Civil Veterinary Dept. Bombay admin report 1932-41 - 1932-1941
Year: 1932
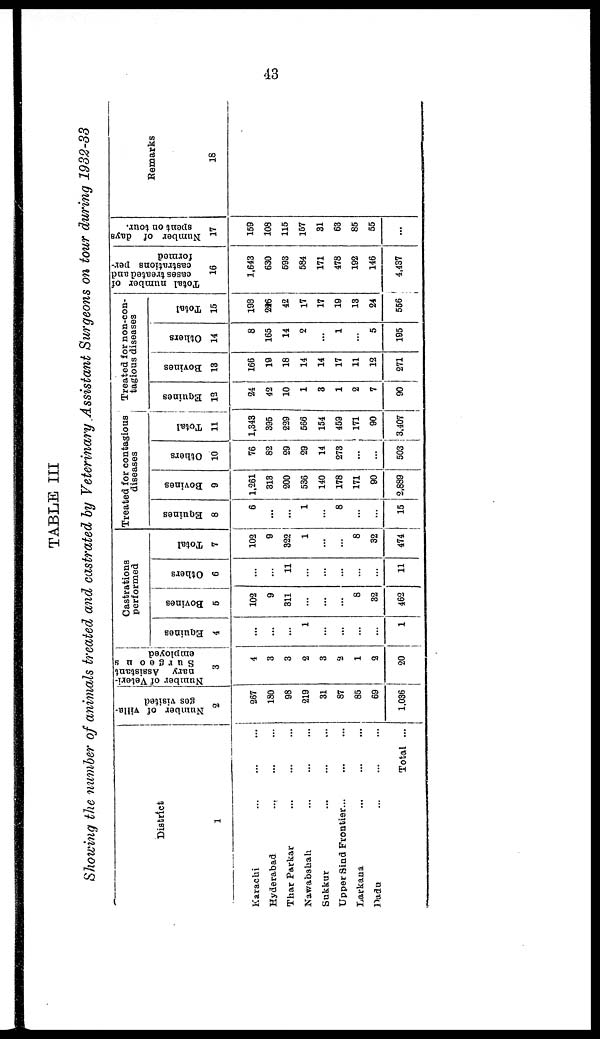
43
TABLE III
Showing the number of animals treated and castrated by Veterinary Assistant Surgeons on tour during 1932-33
District
1
Karachi … … …
Hyderabad … … …
Thar Parkar ... ... ...
Nawabshah ... ... ...
Snkkur ... ... ...
Upper Sind Frontier... ... ...
Larkana ... ... ...
Dadu ... ... ...
Total ...
Number of villa-
ges visited
2
267
180
98
219
31
87
85
69
1,086
Number of Veteri-
nary Assistant
Surgeons
employed
3
4
3
3
2
3
2
1
2
20
Castrations
performed
Equines
4
…
...
...
1
...
...
...
...
1
Bovines
5
102
9
311
...
...
...
8
82
462
Others
6
…
...
11
...
...
...
...
…
11
Total
7
102
9
822
1
...
...
8
32
474
Treated for contagions
diseases
Equines
8
6
...
...
1
...
8
...
...
15
Bovines
9
1,261
313
200
536
140
178
171
90
2,889
Others
10
76
82
29
29
14
273
…
...
503
Total
11
1,343
395
229
566
154
459
171
90
3,407
Treated for non-con-
tagious diseases
Equines
12
24
42
10
1
3
1
2
7
90
Bovines
13
166
19
18
14
14
17
11
12
271
Others
14
8
165
14
2
...
1
...
5
195
Total
15
198
226
42
17
17
19
13
24
556
Total number of
cases treated and
castrations per-
formed
16
1,643
630
593
584
171
478
192
146
4,437
Number of days
spent on tour.
17
159
108
115
167
31
63
85
55
...
Remarks
18